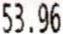
53.96